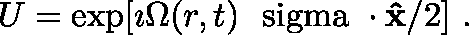
U = \exp [ \imath \Omega ( r , t ) \mathrm { \boldmath ~ \ s i g m a ~ } \cdot { \bf \hat { x } } / 2 ] \ .